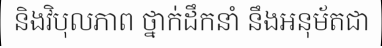
និងវិបុលភាព ថ្នាក់ដឹកនាំ នឹងអនុម័តជា